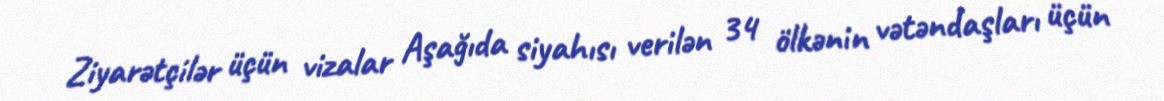
Ziyarətçilər üçün vizalar Aşağıda siyahısı verilən 34 ölkənin vətəndaşları üçün